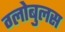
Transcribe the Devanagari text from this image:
ग्लोबुलस